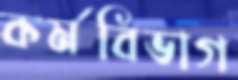
কর্মবিভাগ